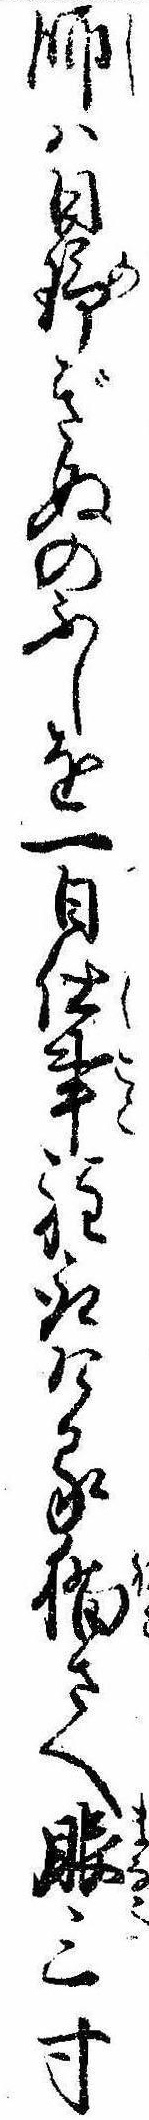
師は日野ぎぬのふしを一日仕事程取ける猫さへ眼三寸